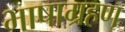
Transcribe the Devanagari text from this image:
भाषाग्रहण